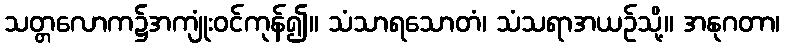
သတ္တလောက၌အကျုံးဝင်ကုန်၍။ သံသာရသောတံ၊ သံသရာအယဉ်သို့။ အနုဂတာ၊